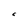
Character: C